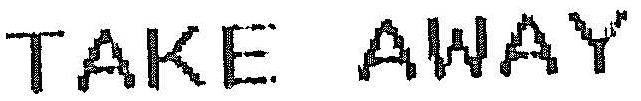
TAKE AWAY